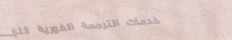
خدمات الترجمة الفورية للغ